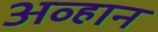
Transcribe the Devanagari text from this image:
अव्हान